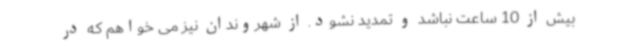
بیش از 10 ساعت نباشد و تمدید نشود. از شهروندان نیز می خواهم که در